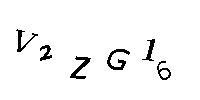
V2ZG16